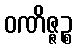
ဝဏိဇ္ဇဉ္စ